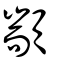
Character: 顓